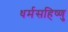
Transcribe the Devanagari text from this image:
धर्मसहिष्णु